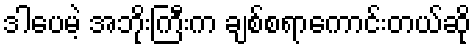
ဒါပေမဲ့ အဘိုးကြီးက ချစ်စရာကောင်းတယ်ဆို